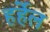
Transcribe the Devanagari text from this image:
हर्हेल